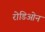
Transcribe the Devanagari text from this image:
रोडिओन